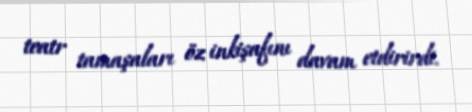
teatr tamaşaları öz inkişafını davam etdirirdi.